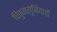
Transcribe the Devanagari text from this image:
चिकुनगुनियाची